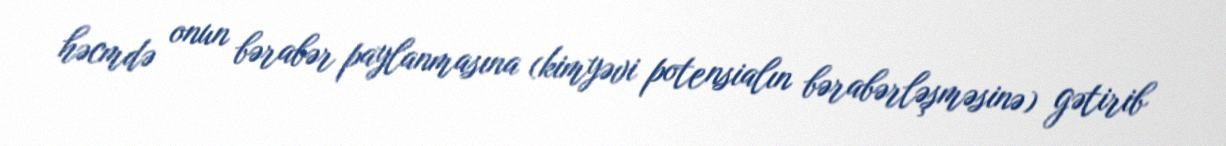
həcmdə onun bərabər paylanmasına (kimyəvi potensialın bərabərləşməsinə) gətirib